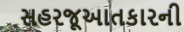
સહરજૂઆતકારની